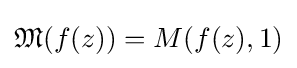
{\mathfrak {M}}(f(z))=M(f(z),1)